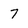
Character: 7